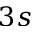
3 s